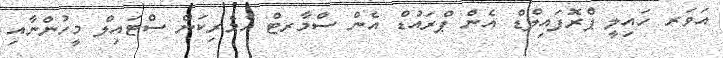
އަވަރ ހައިލީ ޕްރޮފައިލްޑް އެން ޕްރައުުޑް އެން ސްމާރޓް އެމެރިކަން ސްޓައިލް މީހުންނާއި